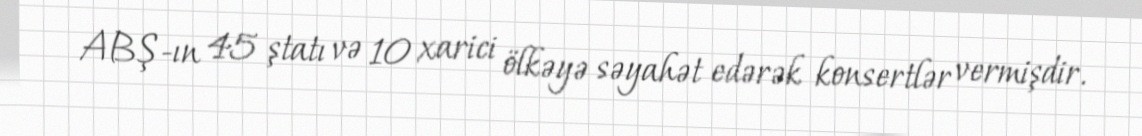
ABŞ-ın 45 ştatı və 10 xarici ölkəyə səyahət edərək konsertlər vermişdir.